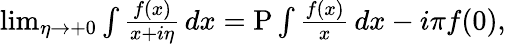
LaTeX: \begin{array}{r}{\operatorname*{lim}_{\eta\rightarrow+0}\int\frac{f(x)}{x+i\eta}\, dx=\mathrm{P}\int\frac{f(x)}{x}\, dx-i\pi f(0),}\end{array}